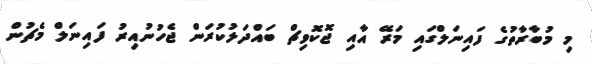
މި މުބާރާތުގެ ފައިނަލްގައި މަރޭ އާއި ޖޮކޮވިޗް ބައްދަލުކުރަން ޖެހުނުއިރު ފައިނަލް މެޗުން